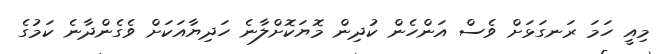
މިއީ ހަމަ ރަނގަޅަށް ވެސް އަންހެން ކުދިން މޮޔަކޮށްލާނެ ހަދިޔާއަކަށް ވެގެންދާނެ ކަމުގެ